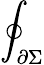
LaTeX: \oint_{\partial\Sigma}